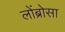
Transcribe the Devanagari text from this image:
लोंब्रोसा